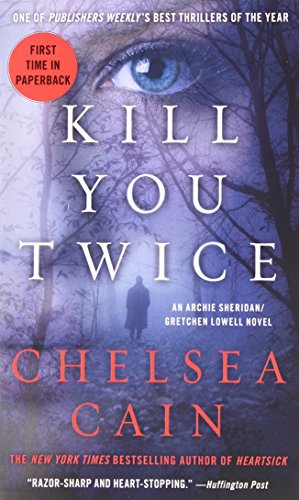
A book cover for Kill You Twice: An Archie Sheridan / Gretchen Lowell Novel; Chelsea Cain; Mystery, Thriller & Suspense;